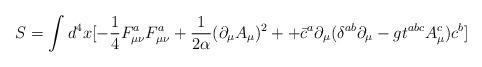
LaTeX: \begin{align*}S= \int d^4x[- \frac{1}{4}F^a_{\mu \nu}F^a_{\mu \nu}+ \frac{1}{2 \alpha}(\partial_{\mu}A_{\mu})^2+ + \bar{c}^a \partial_{\mu}( \delta^{ab} \partial_{\mu}-gt^{abc}A^c_{\mu})c^b]\end{align*}